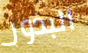
البذور